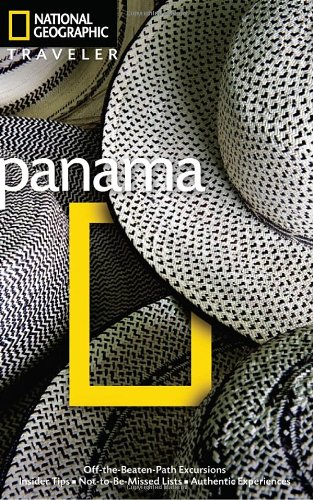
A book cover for National Geographic Traveler: Panama, 2nd edition; Christopher Baker; Travel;